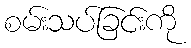
စမ်းသပ်ခြင်းကို